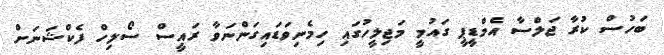
ބަހުސް ކުރާ ޖަލްސާ އެމްޑީޕީ ގައުމީ މަޖިލީހުގައި ހިމެނިވަޑައިގަންނަވާ ރައީސް ސޯލިހް ފެކްޝަނަށް